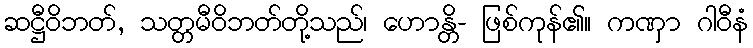
ဆဋ္ဌီဝိဘတ်, သတ္တမီဝိဘတ်တို့သည်၊ ဟောန္တိ- ဖြစ်ကုန်၏။ ကဏှာ ဂါဝီနံ